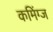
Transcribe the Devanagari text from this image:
कमिंग्ज